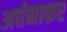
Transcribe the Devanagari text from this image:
अर्चनाकर